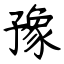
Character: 豫